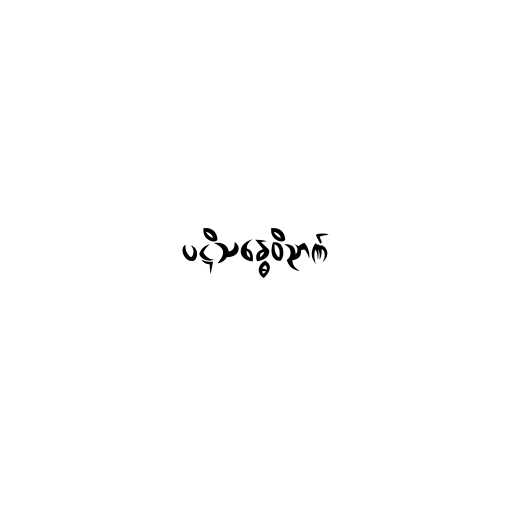
ပဋိသန္ဓေဝိညာဏ်